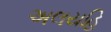
અલયહિ